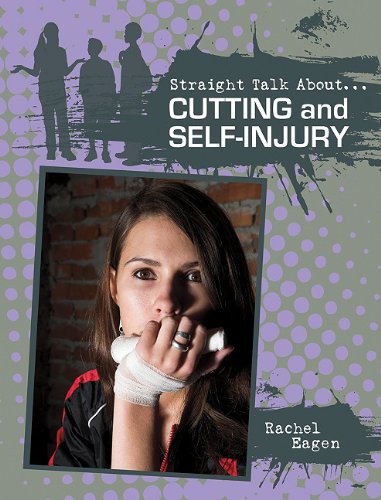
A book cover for Cutting and Self-Injury (Straight Talk About...(Crabtree)); Rachel Eagen; Teen & Young Adult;